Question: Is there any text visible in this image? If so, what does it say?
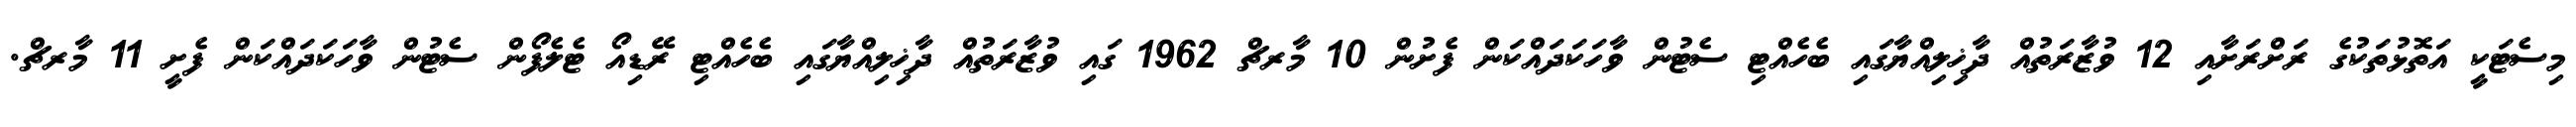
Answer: މިސެޓަކީ އަތޮޅުތަކުގެ ރަށްރަށާއި 12 ވުޒާރަތުއް ދާޚިލިއްޔާގައި ބެހެއްޓި ސެޓުން ވާހަކަދައްކަން ފެށުން 10 މާރޗް 1962 ގައި ވުޒާރަތުއް ދާޚިލިއްޔާގައި ބެހެއްޓި ރޭޑިއޯ ޓެލެފޯން ސެޓުން ވާހަކަދައްކަން ފެށީ 11 މާރޗް.